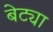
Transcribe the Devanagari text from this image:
बेट्या